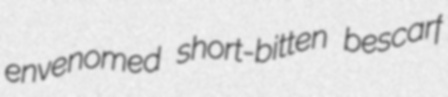
envenomed short-bitten bescarf